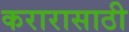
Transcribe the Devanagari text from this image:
करारासाठी